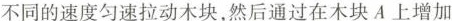
不同的速度匀速拉动木块，然后通过在木块A上增加